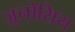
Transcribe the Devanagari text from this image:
ज़ुनोसिस